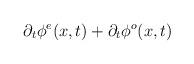
LaTeX: \begin{align*}\partial_t \phi^e(x,t)+ \partial_t \phi^o(x,t)\end{align*}